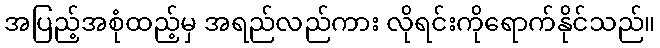
အပြည့်အစုံထည့်မှ အရည်လည်ကား လိုရင်းကိုရောက်နိုင်သည်။